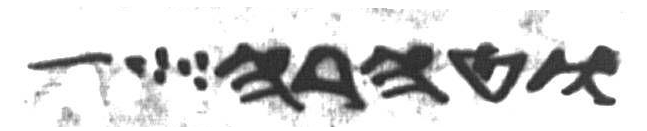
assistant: וטהרה